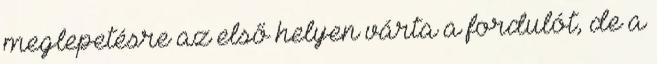
meglepetésre az első helyen várta a fordulót, de a